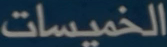
الخُمِسَات